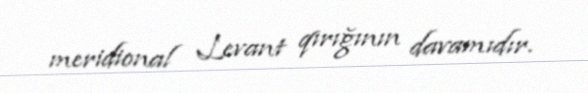
meridional Levant qırığının davamıdır.